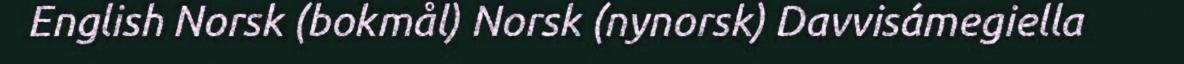
English Norsk (bokmål) Norsk (nynorsk) Davvisámegiella